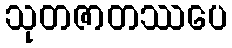
သုတဇာတဿပေ